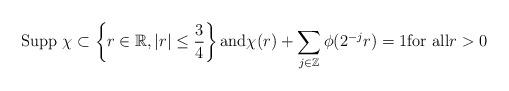
LaTeX: \begin{align*}\mbox{Supp}\,\,\chi\subset\left\{r\in\mathbb R, |r|\le\frac 34\right\}\mbox{and}\chi(r)+\sum_{j\in\mathbb Z}\phi(2^{-j}r)=1\mbox{for all}r>0\end{align*}